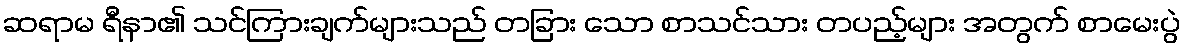
ဆရာမ ရီနာ၏ သင်ကြားချက်များသည် တခြား သော စာသင်သား တပည့်များ အတွက် စာမေးပွဲ